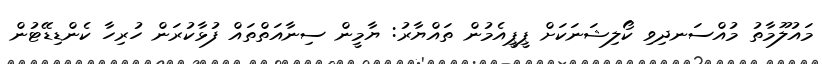
މައުލޫމާތު މުއްސަނދިވި ކޯލިޝަނަކަށް ޕީޕީއެމުން ތައްޔާރު: ޔާމީން ސިނާއަތްތައް ފުޅާކުރަން ހުރިހާ ކެންޑިޑޭޓުން